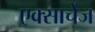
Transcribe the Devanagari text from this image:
एक्साचेंज